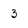
Character: 3